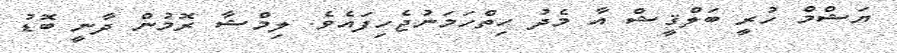
ޔަޝްމް ހުރީ ބަލްޤީޝް އާ މެދު ހިތްހަމަނުޖެހިފައެވެ. ލިމްޝާ ރޮމުން ދާނީ ބޮޑު